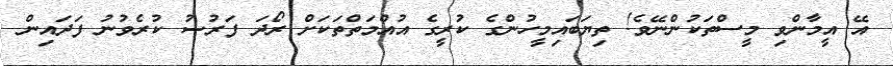
އޭ އީމާންވި މީސްތަކުންނޭވެ! ތިޔަބައިމީހުންގެ ކުރީގެ އުއްމަތްތަކަށް ރޯދަ ފަރުޟު ކުރެވުނު ފަދައިން